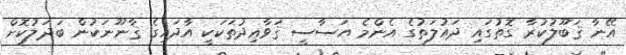
އޭނާ ޤަބޫލުކުރާ ގޮތުގައި ދައުލަތުގެ އެންމެ އަސާސީ ޤަވާޢިދުތަކަކީ އާދައިގެ ޤާނޫނަކުން ބަދަލުކޮށް